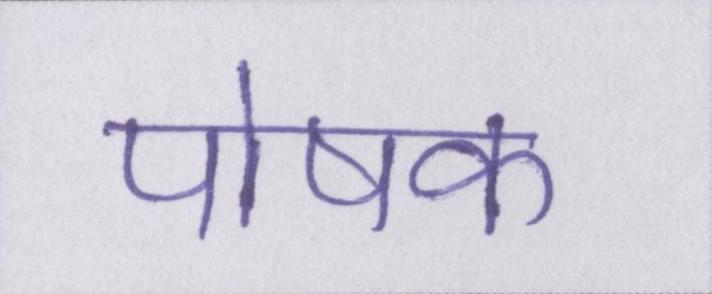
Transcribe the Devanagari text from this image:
पोषक